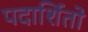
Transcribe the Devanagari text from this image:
पदार्शितो